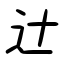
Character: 辻